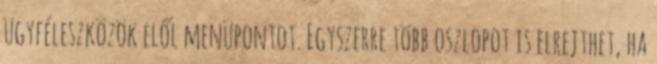
ügyféleszközök elől menüpontot. Egyszerre több oszlopot is elrejthet, ha